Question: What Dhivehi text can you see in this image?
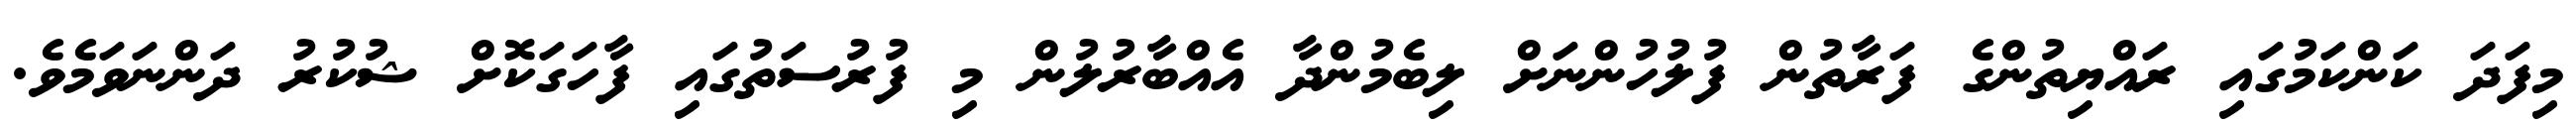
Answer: މިފަދަ ކަންކަމުގައި ރައްޔިތުންގެ ފަރާތުން ފުލުހުންނަށް ލިބެމުންދާ އެއްބާރުލުން މި ފުރުސަތުގައި ފާހަގަކޮށް ޝުކުރު ދަންނަވަމެވެ.